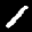
Label: 1